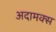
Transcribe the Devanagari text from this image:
अदामक्स